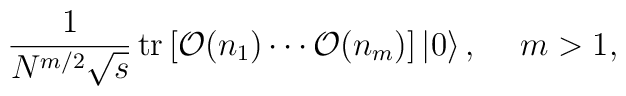
\frac{1}{N^{m/2}\sqrt{s}}\, {\rm tr}\left[{\cal O}(n_{1}) \cdots{\cal O}(n_{m})\right]\left|0\right\rangle,\:\:\:\:\   m > 1,